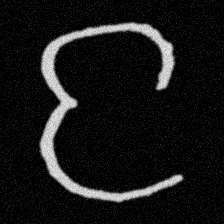
Pyu character \u2014 Myanmar letter: င (romanized: nga)